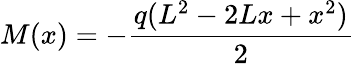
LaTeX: M(x)=-{\frac{q(L^{2}-2Lx+x^{2})}{2}}